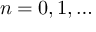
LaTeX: n = 0 , 1 , \dots